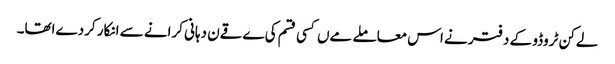
لےکن ٹروڈو کے دفتر نے اس معاملے مےں کسی قسم کی ےقےن دہانی کرانے سے انکار کردےاتھا۔